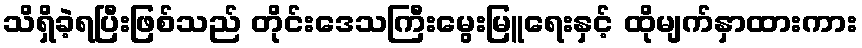
သိရှိခဲ့ရပြီးဖြစ်သည် တိုင်းဒေသကြီးမွေးမြူရေးနှင့် ထိုမျက်နှာထားကား